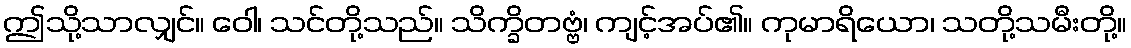
ဤသို့သာလျှင်။ ဝေါ၊ သင်တို့သည်။ သိက္ခိတဗ္ဗံ၊ ကျင့်အပ်၏။ ကုမာရိယော၊ သတို့သမီးတို့။